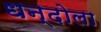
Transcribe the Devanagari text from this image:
धन्दोला